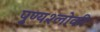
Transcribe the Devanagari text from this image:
पुण्‍यश्‍लोकी